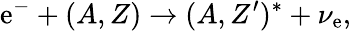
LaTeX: \mathrm{e}^{-}+(A,Z)\rightarrow(A,Z^{\prime})^{*}+\nu_{\mathrm{e}},